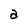
Character: a